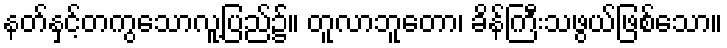
နတ်နှင့်တကွသောလူ့ပြည်၌။ တူလာဘူတော၊ ခိန်ကြီးသဖွယ်ဖြစ်သော။